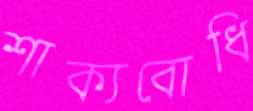
শাক্যবোধি